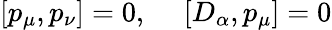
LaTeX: [p_{\mu},p_{\nu}]=0,~~~~~[D_{\alpha},p_{\mu}]=0